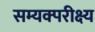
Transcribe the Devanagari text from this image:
सम्यक्परीक्ष्य